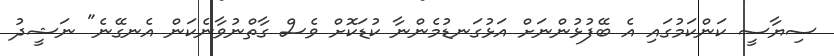
ސިޔާސީ ކަންކަމުގައި އެ ބޭފުޅުންނަށް އަޅުގަނޑުމެންނާ ކުޑަކޮށް ވެސް ގާތްނުވާނެކަން އެނގޭނެ" ނަޝީދު